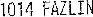
1014 FAZLIN